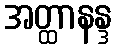
အတ္ထာနန္ဒ